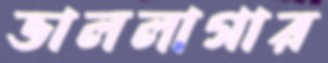
ভাললাগার